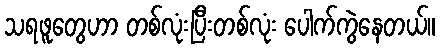
သရဖူတွေဟာ တစ်လုံးပြီးတစ်လုံး ပေါက်ကွဲနေတယ်။